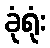
ခုံရုံး